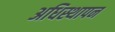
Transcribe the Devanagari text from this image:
अधिस्थापन